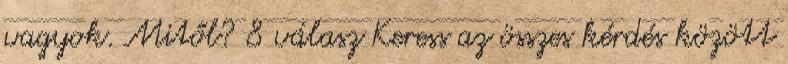
vagyok. Mitől? 8 válasz Keress az összes kérdés között